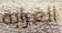
الغرابة